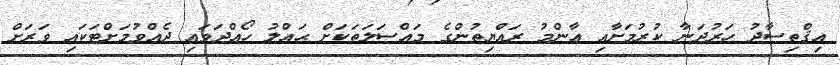
އިޤްތިސާދު ހަރުދަނާ ކުރުމަށާއި ޢާންމު ރައްޔިތުންގެ މައްސަލަތަކަށް ޙައްލު ހޯއްދަވައި ދެއްވުމަށްޓަކައި ވަރަށް